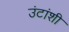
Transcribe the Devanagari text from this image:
उंटांशी